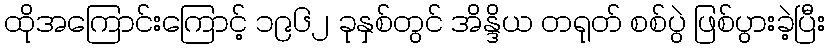
ထိုအကြောင်းကြောင့် ၁၉၆၂ ခုနှစ်တွင် အိန္ဒိယ တရုတ် စစ်ပွဲ ဖြစ်ပွားခဲ့ပြီး